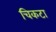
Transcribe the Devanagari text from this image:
चिकटा